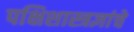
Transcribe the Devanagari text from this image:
पक्षिशास्त्रज्ञांचे